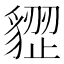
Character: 𧳺